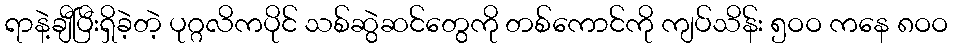
ရာနဲ့ချီပြီးရှိခဲ့တဲ့ ပုဂ္ဂလိကပိုင် သစ်ဆွဲဆင်တွေကို တစ်ကောင်ကို ကျပ်သိန်း ၅ဝဝ ကနေ ၈ဝဝ